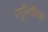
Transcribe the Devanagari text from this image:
म्युनिसीपल